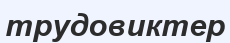
трудовиктер